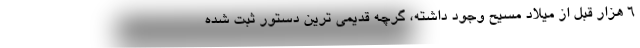
۶ هزار قبل از میلاد مسیح وجود داشته، گرچه قدیمی ترین دستور ثبت شده